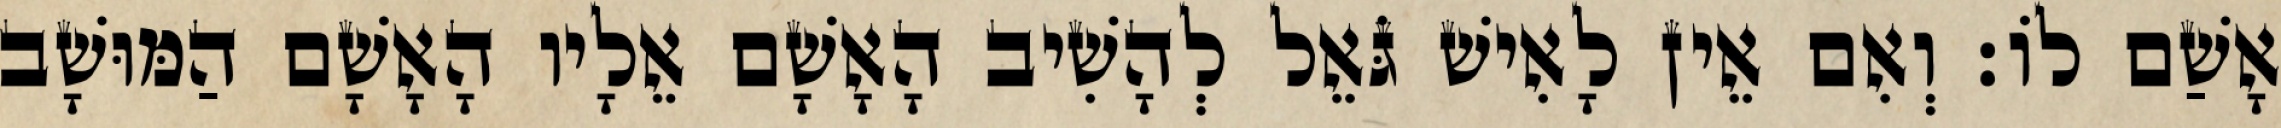
אָשַׁם לוֹ׃ וְאִם אֵין לָאִישׁ גֹּאֵל לְהָשִׁיב הָאָשָׁם אֵלָיו הָאָשָׁם הַמּוּשָׁב